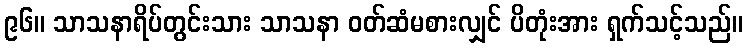
၉၆။ သာသနာရိပ်တွင်းသား သာသနာ ဝတ်ဆံမစားလျှင် ပိတုံးအား ရှက်သင့်သည်။